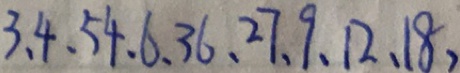
3 、 4 、 5 4 、 6 、 3 6 、 2 7 、 9 、 1 2 、 1 8 ,